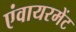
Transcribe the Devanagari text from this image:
एंवायरमेंट